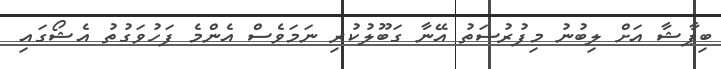
ބިޕާޝާ އަށް ލިބުނު މިފުރުސަތު އޭނާ ގަބޫލުކުރި ނަމަވެސް އެންމެ ފަހުވަގުތު އެޝޯގައި